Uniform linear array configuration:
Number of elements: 64
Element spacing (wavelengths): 1
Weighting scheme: hann
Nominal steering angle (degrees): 15
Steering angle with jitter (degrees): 16.79
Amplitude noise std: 0.05
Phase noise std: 0.05

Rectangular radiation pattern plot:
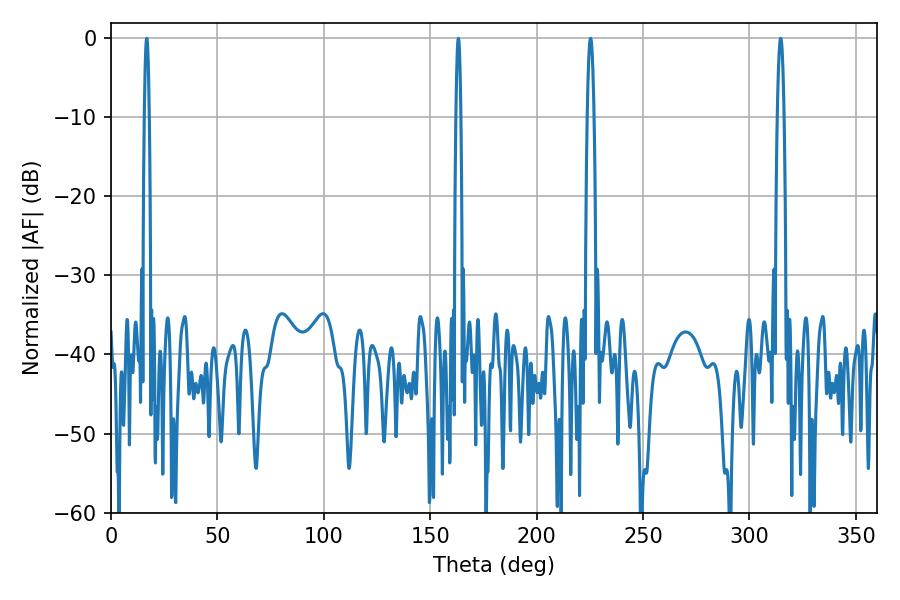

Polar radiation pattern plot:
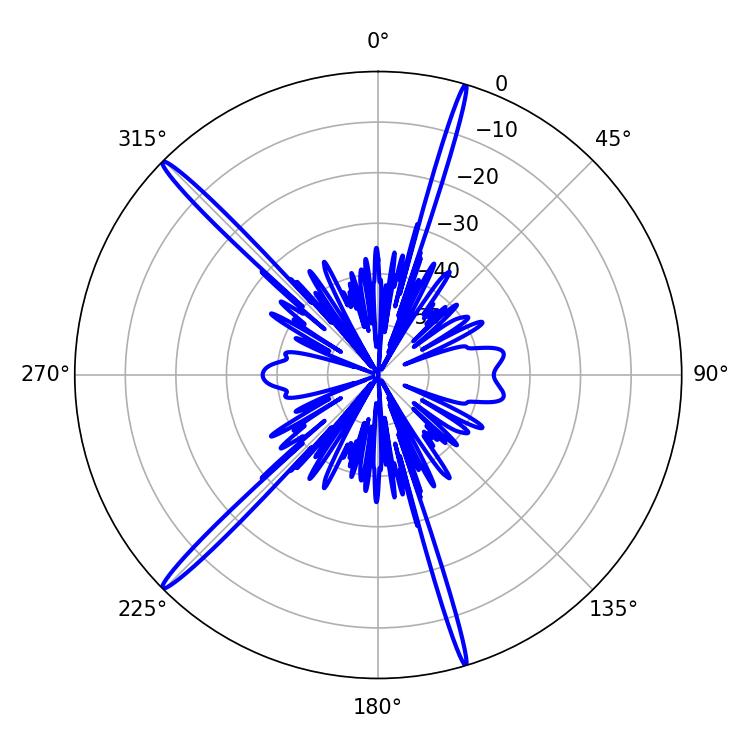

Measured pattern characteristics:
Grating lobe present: TRUE
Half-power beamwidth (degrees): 1.8
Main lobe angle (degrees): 225.36